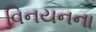
વિનયનના